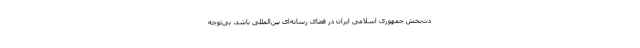
دت‌بخش جمهوری اسلامی ایران در فضای رسانه‌ای بین‌المللی باشد، بی‌توجه